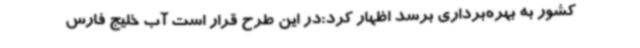
کشور به بهره‌برداری برسد اظهار کرد:در این طرح قرار است آب خلیج فارس